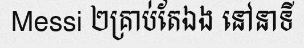
Messi ២គ្រាប់តែឯង នៅនាទី